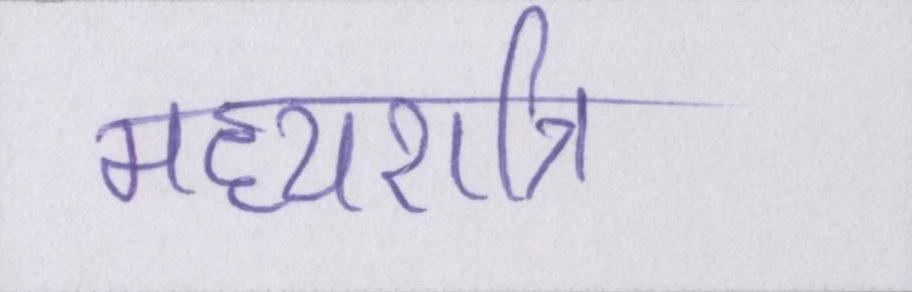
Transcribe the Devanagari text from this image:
मध्यरात्रि